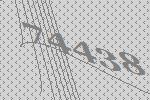
74438